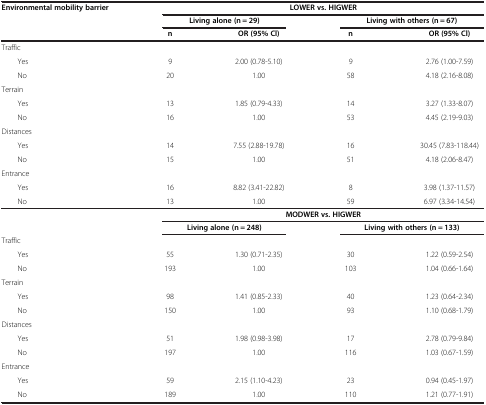
| <ROWSPAN=2> Environmental mobility barrier | <COLSPAN=4> LOWER vs. HIGWER |
 | <COLSPAN=2> Living alone (n = 29) | <COLSPAN=2> Living with others (n = 67) |
 |  | n | OR (95% Cl) | n | OR (95% Cl) |
 | --- | --- | --- | --- | --- |
 | <COLSPAN=5> Traffic |
 | Yes | 9 | 2.00 (0.78-5.10) | 9 | 2.76 (1.00-7.59) |
 | No | 20 | 1.00 | 58 | 4.18 (2.16-8.08) |
 | <COLSPAN=5> Terrain |
 | Yes | 13 | 1.85 (0.79-4.33) | 14 | 3.27 (1.33-8.07) |
 | No | 16 | 1.00 | 53 | 4.45 (2.19-9.03) |
 | <COLSPAN=5> Distances |
 | Yes | 14 | 7.55 (2.88-19.78) | 16 | 30.45 (7.83-118.44) |
 | No | 15 | 1.00 | 51 | 4.18 (2.06-8.47) |
 | <COLSPAN=5> Entrance |
 | Yes | 16 | 8.82 (3.41-22.82) | 8 | 3.98 (1.37-11.57) |
 | No | 13 | 1.00 | 59 | 6.97 (3.34-14.54) |
 | <ROWSPAN=2>  | <COLSPAN=4> MODWER vs. HIGWER |
 | <COLSPAN=2> Living alone (n = 248) | <COLSPAN=2> Living with others (n = 133) |
 | <COLSPAN=5> Traffic |
 | Yes | 55 | 1.30 (0.71-2.35) | 30 | 1.22 (0.59-2.54) |
 | No | 193 | 1.00 | 103 | 1.04 (0.66-1.64) |
 | <COLSPAN=5> Terrain |
 | Yes | 98 | 1.41 (0.85-2.33) | 40 | 1.23 (0.64-2.34) |
 | No | 150 | 1.00 | 93 | 1.10 (0.68-1.79) |
 | <COLSPAN=5> Distances |
 | Yes | 51 | 1.98 (0.98-3.98) | 17 | 2.78 (0.79-9.84) |
 | No | 197 | 1.00 | 116 | 1.03 (0.67-1.59) |
 | <COLSPAN=5> Entrance |
 | Yes | 59 | 2.15 (1.10-4.23) | 23 | 0.94 (0.45-1.97) |
 | No | 189 | 1.00 | 110 | 1.21 (0.77-1.91) |